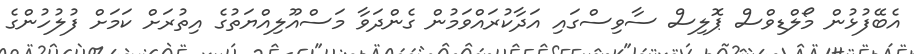
އެބޭފުޅުން މޯލްޑިވްސް ޕޮލިސް ސާވިސްގައި އަދާކުރައްވަމުން ގެންދަވާ މަސްއޫލިއްޔަތުގެ އިތުރަށް ކަމަށް ފުލުހުންގެ